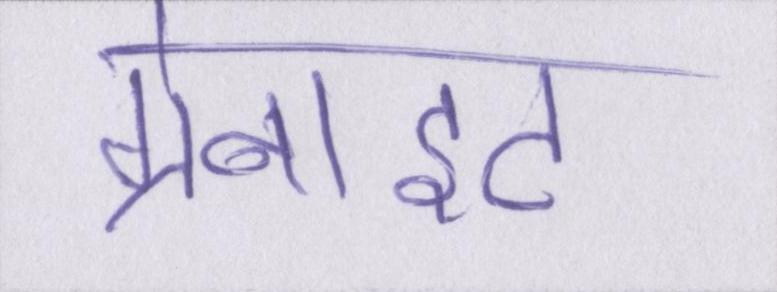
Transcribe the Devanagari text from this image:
ग्रेनाइट